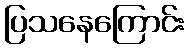
ပြသနေကြောင်း